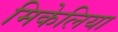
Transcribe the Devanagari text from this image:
मिकेलिया